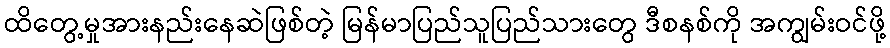
ထိတွေ့မှုအားနည်းနေဆဲဖြစ်တဲ့ မြန်မာပြည်သူပြည်သားတွေ ဒီစနစ်ကို အကျွမ်းဝင်ဖို့